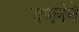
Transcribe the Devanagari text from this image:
गणनेने